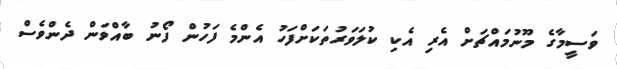
ވަސީމާގެ މޫނުމައްޗަށް އެރި އެކި ކުލަވަރުތަކަށްފަހު އެންމެ ފަހުން ފޯނު ބާއްވަން ދެންވެސް